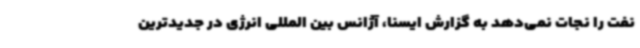
نفت را نجات نمی‌دهد به گزارش ایسنا، آژانس بین المللی انرژی در جدیدترین